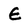
Character: E